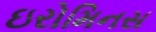
ઇરોમિનસ